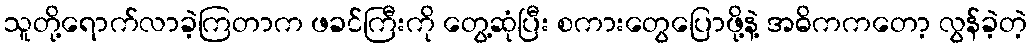
သူတို့ရောက်လာခဲ့ကြတာက ဖခင်ကြီးကို တွေ့ဆုံပြီး စကားတွေပြောဖို့နဲ့ အဓိကကတော့ လွန်ခဲ့တဲ့